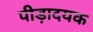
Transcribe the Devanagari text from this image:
पीड़ादयक